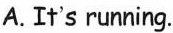
A.It's running.